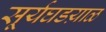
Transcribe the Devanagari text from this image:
सूर्यघडय़ाळ